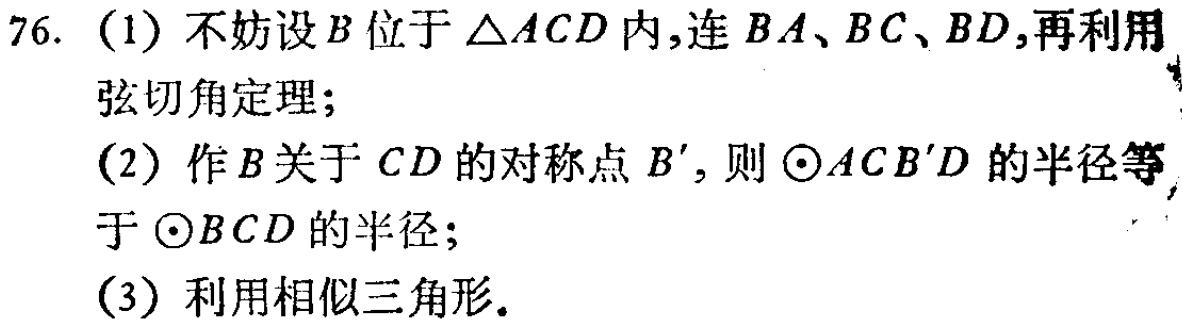
76. (1) 不妨设\(B\)位于\(\triangle ACD\)内,连\(BA\)、\(BC\)、\(BD\),再利用弦切角定理;
(2) 作\(B\)关于\(CD\)的对称点\(B'\), 则\(\odot ACB'D\)的半径等于\(\odot BCD\)的半径;
(3) 利用相似三角形.